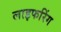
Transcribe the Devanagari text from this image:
लाइफरिंग